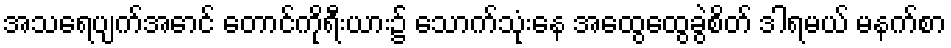
အသရေပျက်အောင် တောင်ကိုရီးယား၌ သောက်သုံးနေ အထွေထွေခွဲစိတ် ဒါရမယ် မနက်စာ